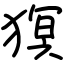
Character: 猽